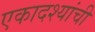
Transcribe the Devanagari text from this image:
एकादश्यांची